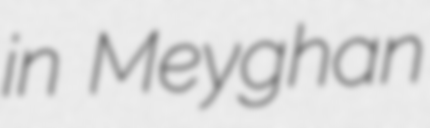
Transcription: in Meyghan